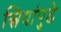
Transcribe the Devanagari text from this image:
स्त्रियांपुढे